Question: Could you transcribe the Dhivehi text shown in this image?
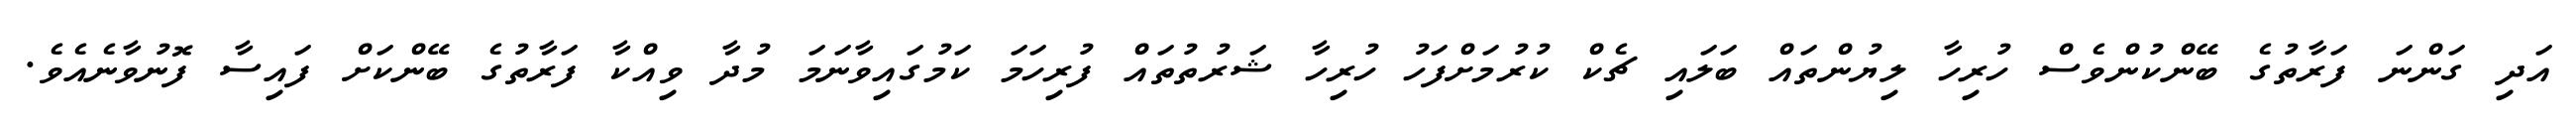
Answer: އަދި ގަންނަ ފަރާތުގެ ބޭންކުންވެސް ހުރިހާ ލިޔުންތައް ބަލައި ޗެކް ކުރުމަށްފަހު ހުރިހާ ޝަރުތުތައް ފުރިހަމަ ކަމުގައިވާނަމަ މުދާ ވިއްކާ ފަރާތުގެ ބޭންކަށް ފައިސާ ފޮނުވާނެއެވެ.